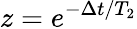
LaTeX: z=e^{-\Delta t/T_{2}}